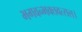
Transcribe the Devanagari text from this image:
भगवन्भक्तवत्सल।